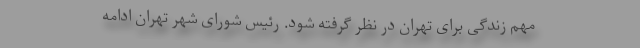
مهم زندگی برای تهران در نظر گرفته شود. رئیس شورای شهر تهران ادامه